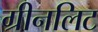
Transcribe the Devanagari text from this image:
ग्रीनलिट